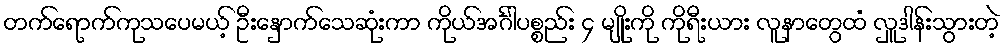
တက်ရောက်ကုသပေမယ့် ဦးနှောက်သေဆုံးကာ ကိုယ်အင်္ဂါပစ္စည်း ၄ မျိုးကို ကိုရီးယား လူနာတွေထံ လှူဒါန်းသွားတဲ့